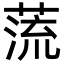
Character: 蓅